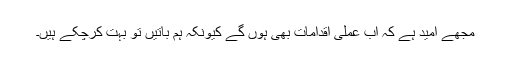
مجھے اميد ہے کہ اب عملی اقدامات بھی ہوں گے کيونکہ ہم باتيں تو بہت کرچکے ہيں۔